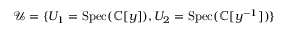
{ \mathcal { U } } = \{ U _ { 1 } = { \mathrm { S p e c } } ( \mathbb { C } [ y ] ) , U _ { 2 } = { \mathrm { S p e c } } ( \mathbb { C } [ y ^ { - 1 } ] ) \}